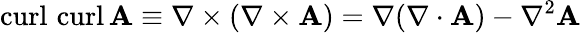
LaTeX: \operatorname{curl}\, \operatorname{curl}\mathbf{A}\equiv\nabla\times(\nabla\times\mathbf{A})=\nabla(\nabla\cdot\mathbf{A})-\nabla^{2}\mathbf{A}